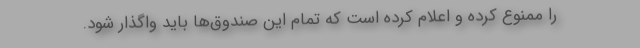
را ممنوع کرده و اعلام کرده است که تمام این صندوق‌ها باید واگذار شود.